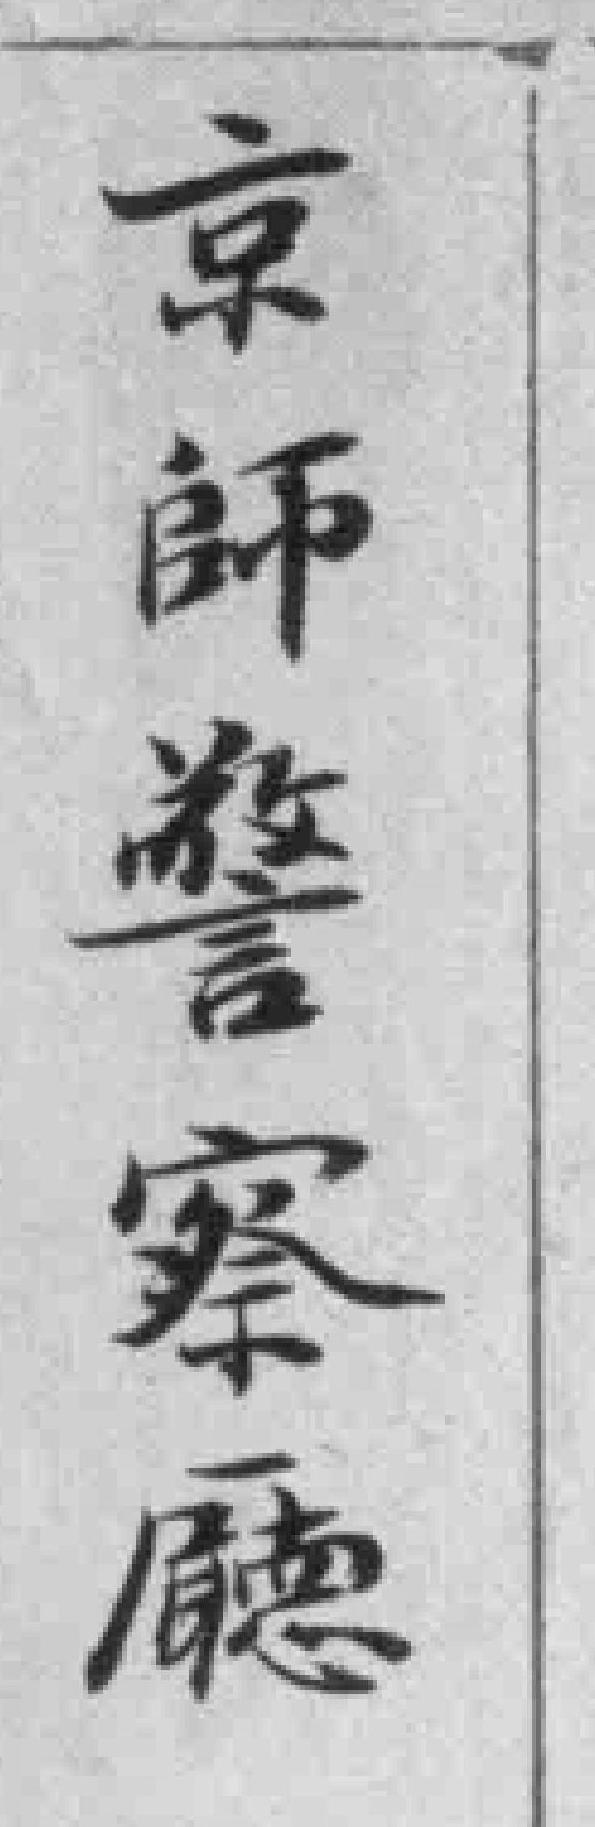
京師警察㕔